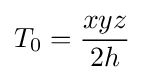
T_{0}={\frac {xyz}{2h}}